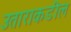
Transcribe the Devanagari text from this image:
उताराकडील